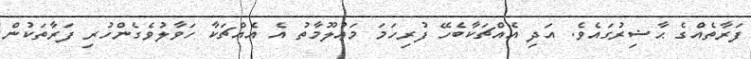
ފަރާތެއްގެ ޙާޟިރުގައެވެ. އަދި އެއްޗަކާބެހޭ ފުރިހަމަ މަޢުލޫމާތު އެ އެއްޗަކާ ހަވާލުވެގެންހުރި ފަރާތަކުން